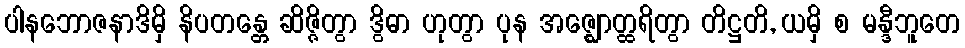
ပါနဘောဇနာဒိမှိ နိပတန္တေ ဆိဇ္ဇိတွာ ဒွိဓာ ဟုတွာ ပုန အဇ္ဈောတ္ထရိတွာ တိဋ္ဌတိ, ယမှိ စ မန္ဒီဘူတေ